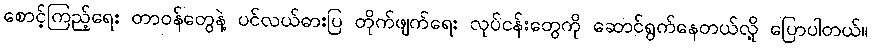
စောင့်ကြည့်ရေး တာဝန်တွေနဲ့ ပင်လယ်ဓားပြ တိုက်ဖျက်ရေး လုပ်ငန်းတွေကို ဆောင်ရွက်နေတယ်လို့ ပြောပါတယ်။